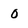
Character: 0